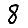
Digit: 8